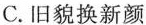
C.旧貌换新颜